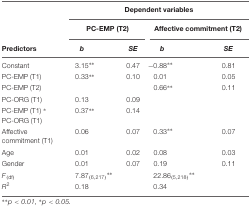
|  | <COLSPAN=4> Dependent variables |
 |  | <COLSPAN=2> PC-EMP (T2) | <COLSPAN=2> Affective commitment (T2) |
 | Predictors | b | SE | b | SE |
 | --- | --- | --- | --- | --- |
 | Constant | 3.15∗∗ | 0.47 | -0.88∗∗ | 0.81 |
 | PC-EMP (T1) | 0.33∗∗ | 0.10 | 0.01 | 0.05 |
 | PC-EMP (T2) |  |  | 0.66∗∗ | 0.11 |
 | PC-ORG (T1) | 0.13 | 0.09 |  |  |
 | PC-EMP (T1) ∗ PC-ORG (T1) | 0.37∗∗ | 0.14 |  |  |
 | Affective commitment (T1) | 0.06 | 0.07 | 0.33∗∗ | 0.07 |
 | Age | 0.01 | 0.02 | 0.08 | 0.03 |
 | Gender | 0.01 | 0.07 | 0.19 | 0.11 |
 | F(df) | 7.87(6,217)∗∗ |  | 22.86 (5,218)∗∗ |  |
 | R2 | 0.18 |  | 0.34 |  |